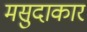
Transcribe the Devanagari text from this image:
मसुदाकार